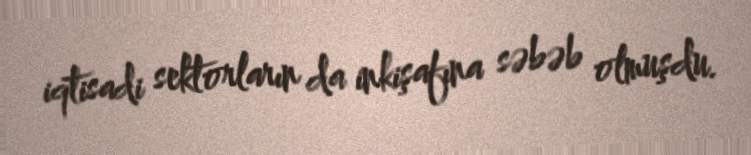
iqtisadi sektorların da inkişafına səbəb olmuşdu.